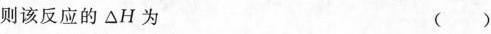
则该反应的△H为 ( )